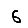
Digit: 6